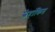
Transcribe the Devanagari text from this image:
स्नेहांकित